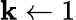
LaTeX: \mathbf{k}\leftarrow1